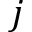
j